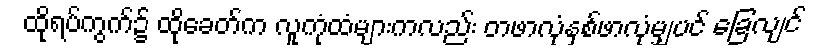
ထိုရပ်ကွက်၌ ထိုခေတ်က လူကုံထံများကလည်း တဖာလုံနှစ်ဖာလုံမျှပင် ခြေလျင်